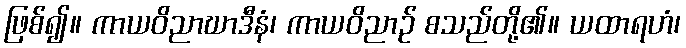
ဖြစ်၍။ ကာယဝိညာဃာဒီနံ၊ ကာယဝိညာဉ် စသည်တို့၏။ ယထာရဟံ၊